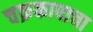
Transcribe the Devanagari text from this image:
चक्रकापाचा